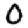
Digit: 0